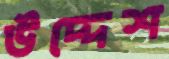
উদ্দেশ